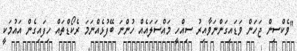
"ވެކްސިން ޖަހަން ވަޑައިގަންނަވާއިރު ސިއްހީ މައްސަލައެއް ހުންނަ ބޭފުޅެއްނަމަ ރެކޯޑްތައް ހިފައިގެން އައުމަކީ